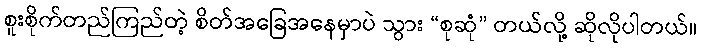
စူးစိုက်တည်ကြည်တဲ့ စိတ်အခြေအနေမှာပဲ သွား “စုဆုံ” တယ်လို့ ဆိုလိုပါတယ်။